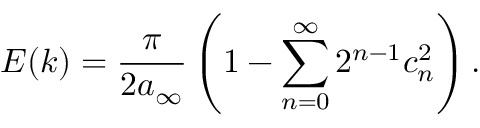
E ( k ) = { \frac { \pi } { 2 a _ { \infty } } } \left( 1 - \sum _ { n = 0 } ^ { \infty } 2 ^ { n - 1 } c _ { n } ^ { 2 } \right) .